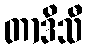
တာဒိသီ